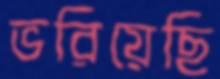
ভরিয়েছি